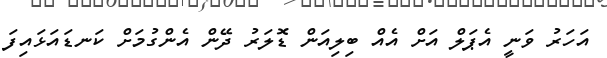
އަހަރު ވަނީ އެޕަލް އަށް އެއް ބިލިއަން ޑޮލަރު ދޭން އެންގުމަށް ކަނޑައަޅައިފަ